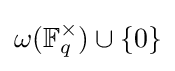
\omega (\mathbb {F} _{q}^{\times })\cup \{0\}